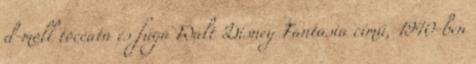
d-moll toccata és fúga Walt Disney Fantasia című, 1940-ben